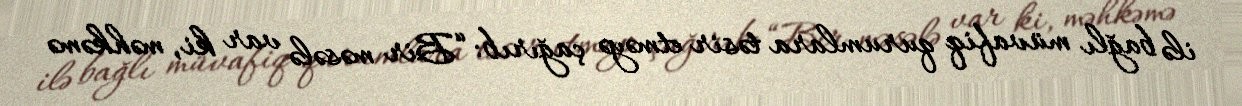
ilə bağlı müvafiq qurumlara təsir etməyə çağırıb: “Bir məsələ var ki, məhkəmə